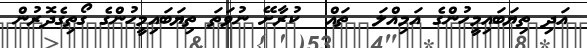
އަދި ތިޔަބައިމީހުންގެ އަމިއްލަ  ތައް  ކުރާށޭ ނުވަތަ ތިޔަބައިމީހުންގެ ގޯތިގެދޮރުން